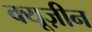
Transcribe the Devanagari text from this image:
क्यूज़ीन